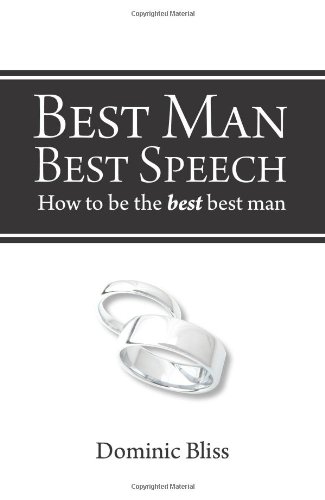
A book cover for Best Man Best Speech: How to Be the Best Best Man; Dominic Bliss; Crafts, Hobbies & Home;